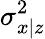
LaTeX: \sigma_{x|z}^{2}